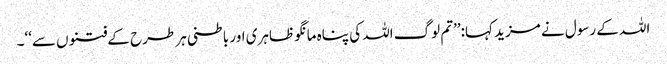
اللہ کے رسول نے مزید کہا:’’تم لوگ اللہ کی پناہ مانگو ظاہری اور باطنی ہر طرح کے فتنوں سے‘‘۔